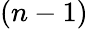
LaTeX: \left(n-1\right)